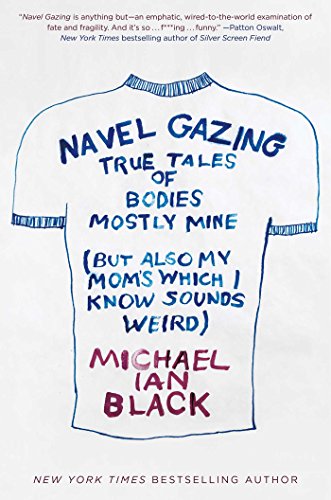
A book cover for Navel Gazing: True Tales of Bodies, Mostly Mine (but also my mom's, which I know sounds weird); Michael Ian Black; Self-Help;